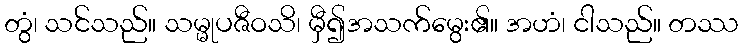
တွံ၊ သင်သည်။ သမ္မုပဇီဝသိ၊ မှီ၍အသက်မွေး၏။ အဟံ၊ ငါသည်။ တဿ